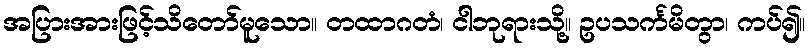
အပြားအားဖြင့်သိတော်မူသော။ တထာဂတံ၊ ငါဘုရားသို့။ ဥပသင်္ကမိတွာ၊ ကပ်၍။